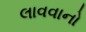
લાવવાનો